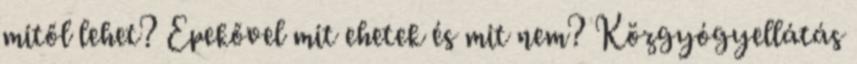
mitől lehet? Epekővel mit ehetek és mit nem? Közgyógyellátás